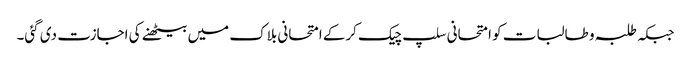
جبکہ طلبہ و طالبات کو امتحانی سلپ چیک کرکے امتحانی بلاک میں بیٹھنے کی اجازت دی گئی۔